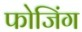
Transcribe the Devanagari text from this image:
फोजिंग